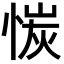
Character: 𫺣